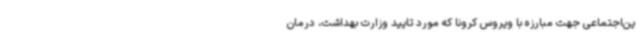
ین‌اجتماعی جهت مبارزه با ویروس کرونا که مورد تایید وزارت بهداشت، درمان